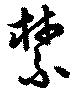
禁